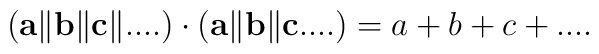
({\bf a}\Vert {\bf b} \Vert {\bf c} \Vert ....)\cdot({\bf a}\Vert {\bf b} \Vert {\bf c}....) = a+b+c+....